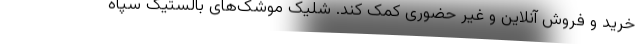
خرید و فروش آنلاین و غیر حضوری کمک کند. شلیک موشک‌های بالستیک سپاه